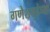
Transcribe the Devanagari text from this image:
गणेशगुहेच्या